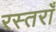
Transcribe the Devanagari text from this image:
रस्तराँ